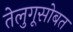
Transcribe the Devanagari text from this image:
तेलुगूसोबत